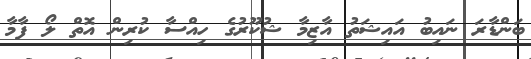
ބަންޑާރަ ނައިބު އައިޝަތު އާޒިމާ ޝުކޫރުގެ ހިއްސާ ކުރިން އޮތް ލޯ ފާމާ